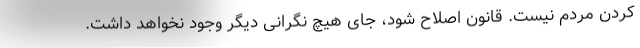
کردن مردم نیست. قانون اصلاح شود، جای هیچ نگرانی دیگر وجود نخواهد داشت.